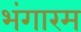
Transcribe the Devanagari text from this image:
भंगारम